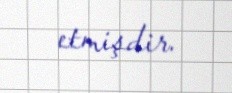
etmişdir.